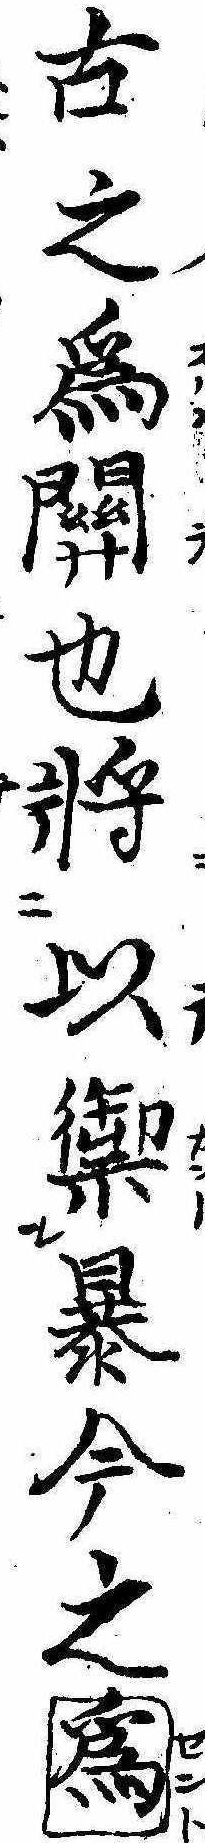
古之為関也将以禦暴今之為